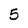
Character: 5